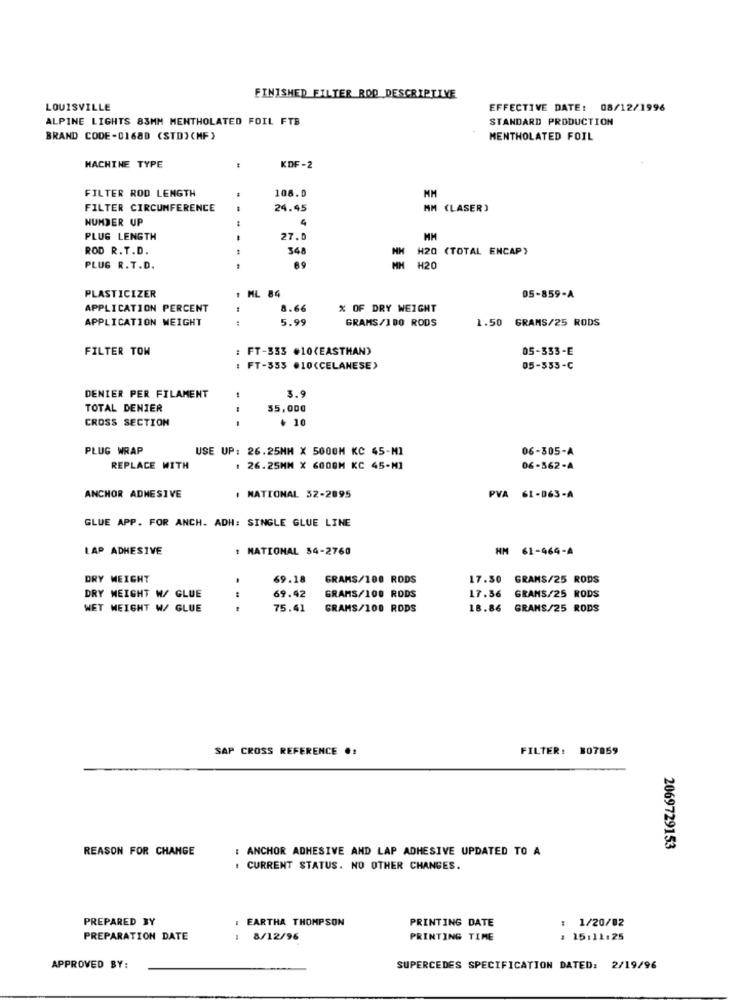
FINISHED FILTER ROD DESCRIPTIVE
LOUISVILLE
EFFECTIVE DATE: 08/12/1996
ALPINE LIGHTS 83MM MENTHOLATED FOIL FTB
STANDARD PRODUCTION
BRAND CODE-01680 (STD) (MF)
MENTHOLATED FOIL
MACHINE TYPE
KDF-2
FILTER ROD LENGTH
108.0
MM
FILTER CIRCUMFERENCE
24.45
MM (LASER)
NUMDER UP
4
PLUG LENGTH
27.0
HM
ROD R. T.D.
348
NH
H20 (TOTAL ENCAP)
PLUG R.T.D.
MN H20
PLASTICIZER
ML 84
05-859-A
APPLICATION PERCENT
8.66
% OF DRY WEIGHT
APPLICATION WEIGHT
5.99
GRAMS/1DO RODS
1.50 GRAMS/25 RODS
FILTER TOW
FT-333 #10(EASTMAN)
05-333-E
: FT-353 #10(CELANESE)
05-533-C
3.9
DENIER PER FILAMENT
TOTAL DENIER
55,000
CROSS SECTION
+ 10
--
PLUG WRAP
USE UP: 26.25MM X 5000M KC 45-MI
06-305-A
REPLACE WITH
1 26.25MM X 600QM KC 45-MI
06-562-A
ANCHOR ADHESIVE
NATIONAL 52-2895
PVA 61-063-A
GLUE APP. FOR ANCH. ADH: SINGLE GLUE LINE
LAP ADHESIVE
NATIONAL 54-2760
HM 61-464-A
DRY WEIGHT
69.18
GRAMS/100 RODS
17.30 GRAMS/25 RODS
DRY MEIGHT W/ GLUE
69.42
GRAMS/100 RODS
17.36 GRAMS/25 RODS
WET WEIGHT W/ GLUE
...
75.41
GRAMS/100 RODS
18.86 GRAMS/25 RODS
SAP CROSS REFERENCE .:
FILTER: 307859
REASON FOR CHANGE
: ANCHOR ADHESIVE AND LAP ADHESIVE UPDATED TO A
2069729153
: CURRENT STATUS. NO OTHER CHANGES.
PREPARED BY
: EARTHA THOMPSON
PRINTING DATE
1/20/02
PREPARATION DATE
8/12/96
PRINTING TIME
15:11:25
APPROVED BY:
SUPERCEDES SPECIFICATION DATED: 2/19/96